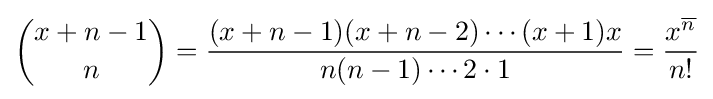
{\binom {x+n-1}{n}}={\frac {(x+n-1)(x+n-2)\cdots (x+1)x}{n(n-1)\cdots 2\cdot 1}}={\frac {x^{\overline {n}}}{n!}}